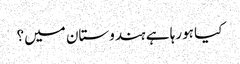
کیا ہورہا ہے ہندوستان میں؟